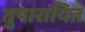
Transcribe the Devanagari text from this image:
तुषारायित